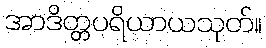
အာဒိတ္တပရိယာယသုတ်။